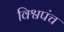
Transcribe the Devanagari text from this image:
विश्वपंच